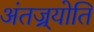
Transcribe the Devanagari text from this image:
अंतज्र्योति